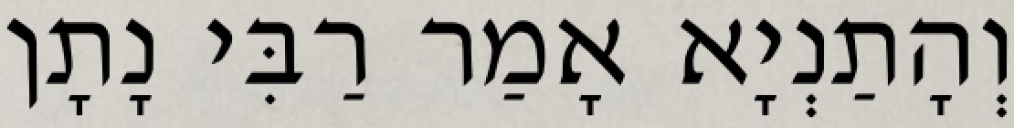
וְהָתַנְיָא אָמַר רַבִּי נָתָן